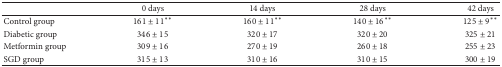
<table><thead><tr><td><b> </b></td><td><b>0 days</b></td><td><b>14 days</b></td><td><b>28 days</b></td><td><b>42 days</b></td></tr></thead><tbody><tr><td>Control group</td><td>161 ± 11<sup><i>∗∗</i></sup></td><td>160 ± 11<sup><i>∗∗</i></sup></td><td>140 ± 16<sup><i>∗∗</i></sup></td><td>125 ± 9<sup><i>∗∗</i></sup></td></tr><tr><td>Diabetic group</td><td>346 ± 15</td><td>320 ± 17</td><td>320 ± 20</td><td>325 ± 21</td></tr><tr><td>Metformin group</td><td>309 ± 16</td><td>270 ± 19</td><td>260 ± 18</td><td>255 ± 23</td></tr><tr><td>SGD group</td><td>315 ± 13</td><td>310 ± 16</td><td>310 ± 15</td><td>300 ± 19</td></tr></tbody></table>